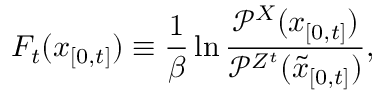
F _ { t } ( x _ { [ 0 , t ] } ) \equiv \frac { 1 } { \beta } \ln \frac { \mathcal { P } ^ { X } ( x _ { [ 0 , t ] } ) } { \mathcal { P } ^ { Z ^ { t } } ( \tilde { x } _ { [ 0 , t ] } ) } ,